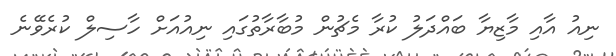
ނިއު އާއި މާޒިޔާ ބައްދަލު ކުރާ މެޗުން މުބާރާތުގައި ނިއުއަށް ހާސިލް ކުރެވޭނެ